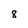
Character: 8